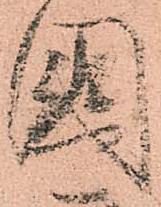
國